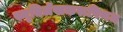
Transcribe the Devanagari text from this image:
स्मृतिर्लेखकरूपिणम